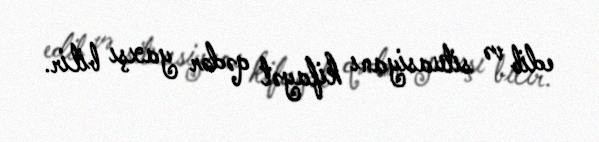
edib və situasiyanı kifayət qədər yaxşı bilir.